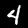
Digit: 4